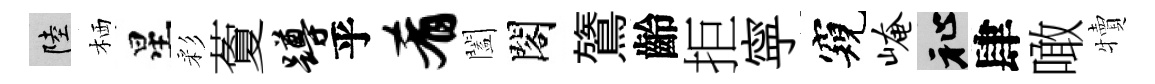
陸栖星彩藑蹲乎肴闔閣鷟齡拒寜窺崦祉肆噉犢